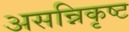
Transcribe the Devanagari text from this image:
असन्निकृष्ट